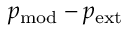
p _ { \mathrm { m o d } } - p _ { \mathrm { e x t } }